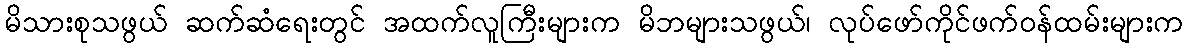
မိသားစုသဖွယ် ဆက်ဆံရေးတွင် အထက်လူကြီးများက မိဘများသဖွယ်၊ လုပ်ဖော်ကိုင်ဖက်ဝန်ထမ်းများက